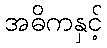
အဓိကနှင့်